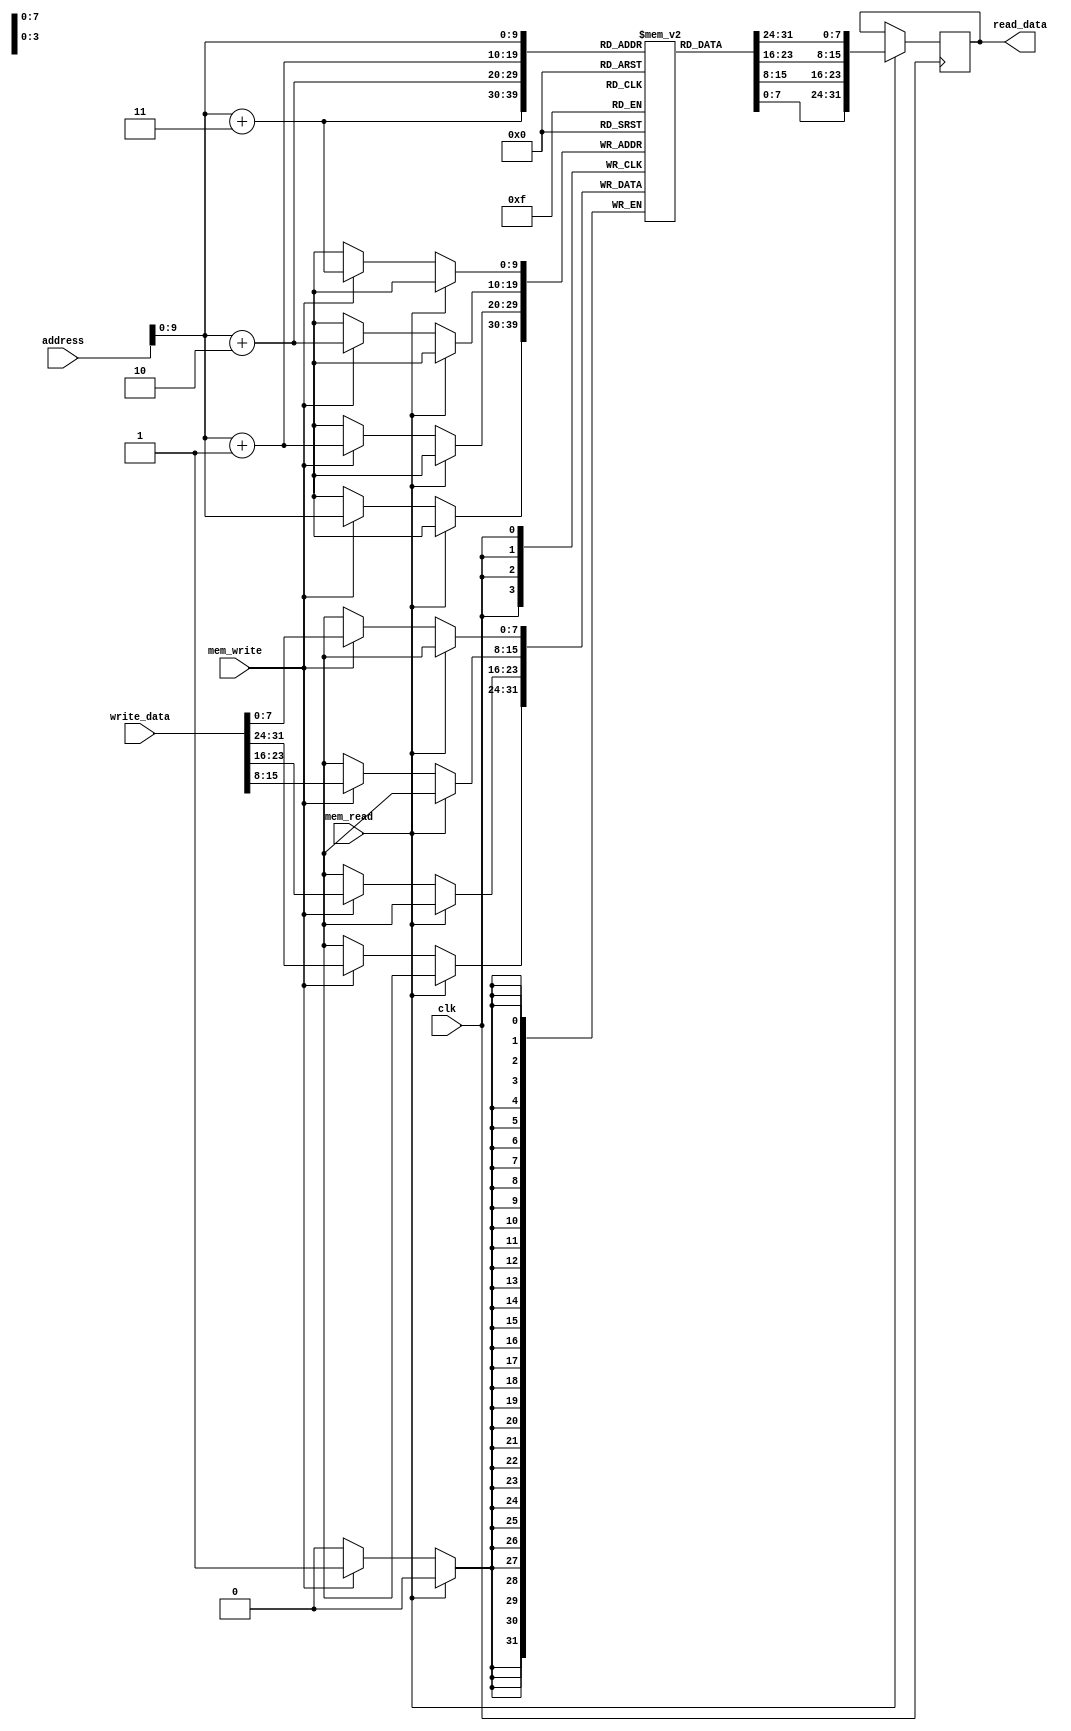

module data_memory(read_data, address, write_data, mem_write, mem_read, clk);

output reg [31:0] read_data;

input wire [31:0] address; //address of byte (not word)
input wire [31:0] write_data;
input wire mem_write;
input wire mem_read;
input wire clk;

//memory size in words (word is 4 bytes)
parameter mem_size = 256;
reg [7:0] memory [0:mem_size*4-1];

always @(negedge clk) begin
//read or write in a cycle, but not both
if(mem_read)
	read_data = {memory[address], memory[address+1], memory[address+2], memory[address+3]};
else if(mem_write)
	{memory[address], memory[address+1], memory[address+2], memory[address+3]} = write_data;
end //always

endmodule



module data_memory_testbench;

wire [31:0] read_data;
reg [31:0] address;
reg [31:0] write_data;
reg mem_write, mem_read, clk;

data_memory DUT(read_data, address, write_data, mem_write, mem_read, clk);

always #1 clk=~clk;

initial begin

$monitor("address: %d (%b)\nmem_read: %b\nread_data: %d (%b)\nmem_write: %b\nwrite_data: %d (%b)\n",
		address, address, mem_read, read_data, read_data, mem_write, write_data, write_data);

#20
clk = 0;
address = 4;
mem_write = 0;
mem_read = 0;
write_data = 32'b0000_0000_1111_1111_0000_0000_1111_1111;

#10
mem_write = 1;

#10
mem_write = 0;
mem_read = 1;

#10
address = 8;
end //initial

endmodule